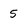
Character: 5